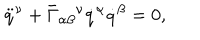
LaTeX: \ddot { q } ^ { \nu } + \bar { \Gamma } _ { \alpha \beta } { } ^ { \nu } \dot { q } ^ { \alpha } \dot { q } ^ { \beta } = 0 ,